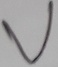
Text: V